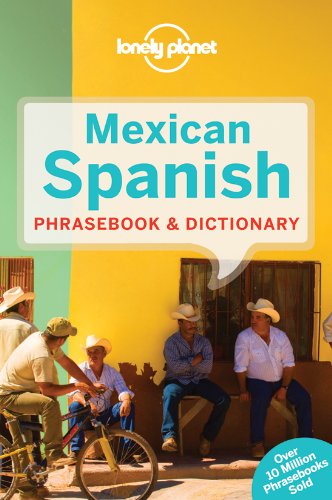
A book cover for Lonely Planet Mexican Spanish Phrasebook & Dictionary; Lonely Planet; Travel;